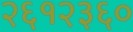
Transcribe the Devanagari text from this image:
२६१२३६०